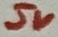
Text: 5V